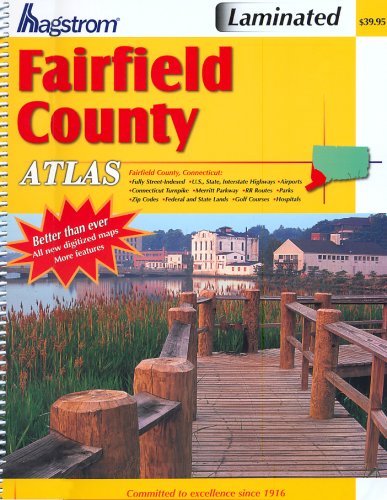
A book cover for Hagstrom Fairfield County Atlas (Hagstrom Fairfield County Atlas Large Scale Edition); Travel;